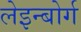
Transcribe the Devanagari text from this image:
लेइन्बोर्ग